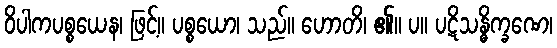
ဝိပါကပစ္စယေန၊ ဖြင့်။ ပစ္စယော၊ သည်။ ဟောတိ၊ ၏။ ပ။ ပဋိသန္ဓိက္ခဏေ၊